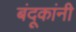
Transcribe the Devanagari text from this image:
बंदूकांनी